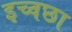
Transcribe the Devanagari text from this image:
इच्वछा